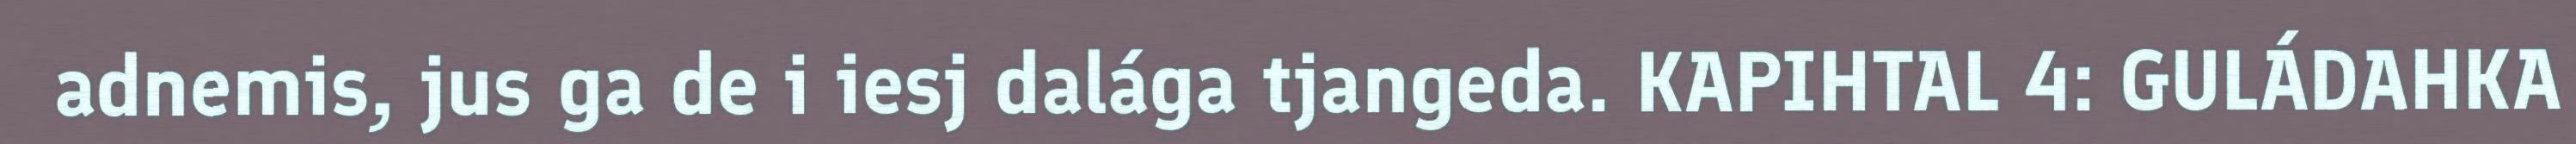
adnemis, jus ga de i iesj dalága tjangeda. KAPIHTAL 4: GULÁDAHKA